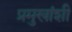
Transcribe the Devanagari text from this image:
प्रमुखांशी